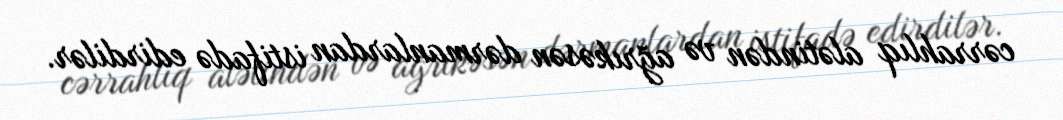
cərrahlıq alətindən və ağrıkəsən dərmanlardan istifadə edirdilər.